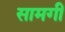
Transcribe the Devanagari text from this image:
सामगीं